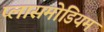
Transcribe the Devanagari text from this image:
प्लासमोडियम